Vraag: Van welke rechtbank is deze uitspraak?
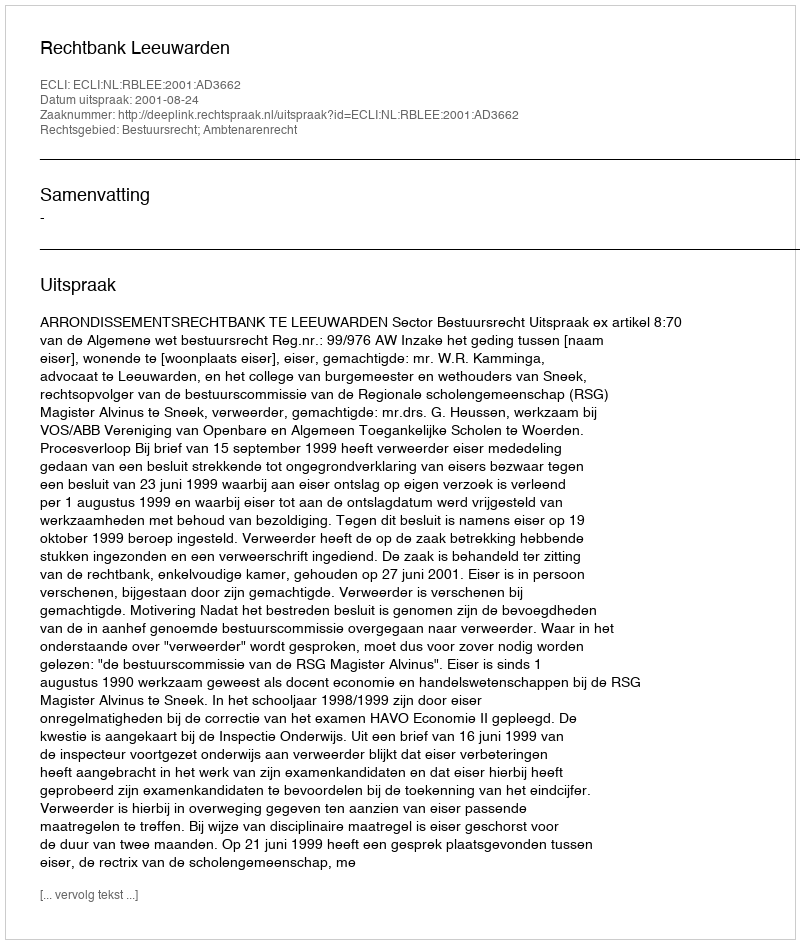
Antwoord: Rechtbank Leeuwarden